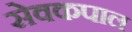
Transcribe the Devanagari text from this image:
सेवकपाल